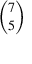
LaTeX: \binom { 7 } { 5 }